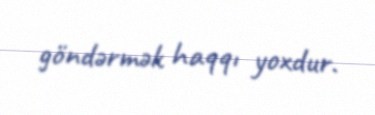
göndərmək haqqı yoxdur.